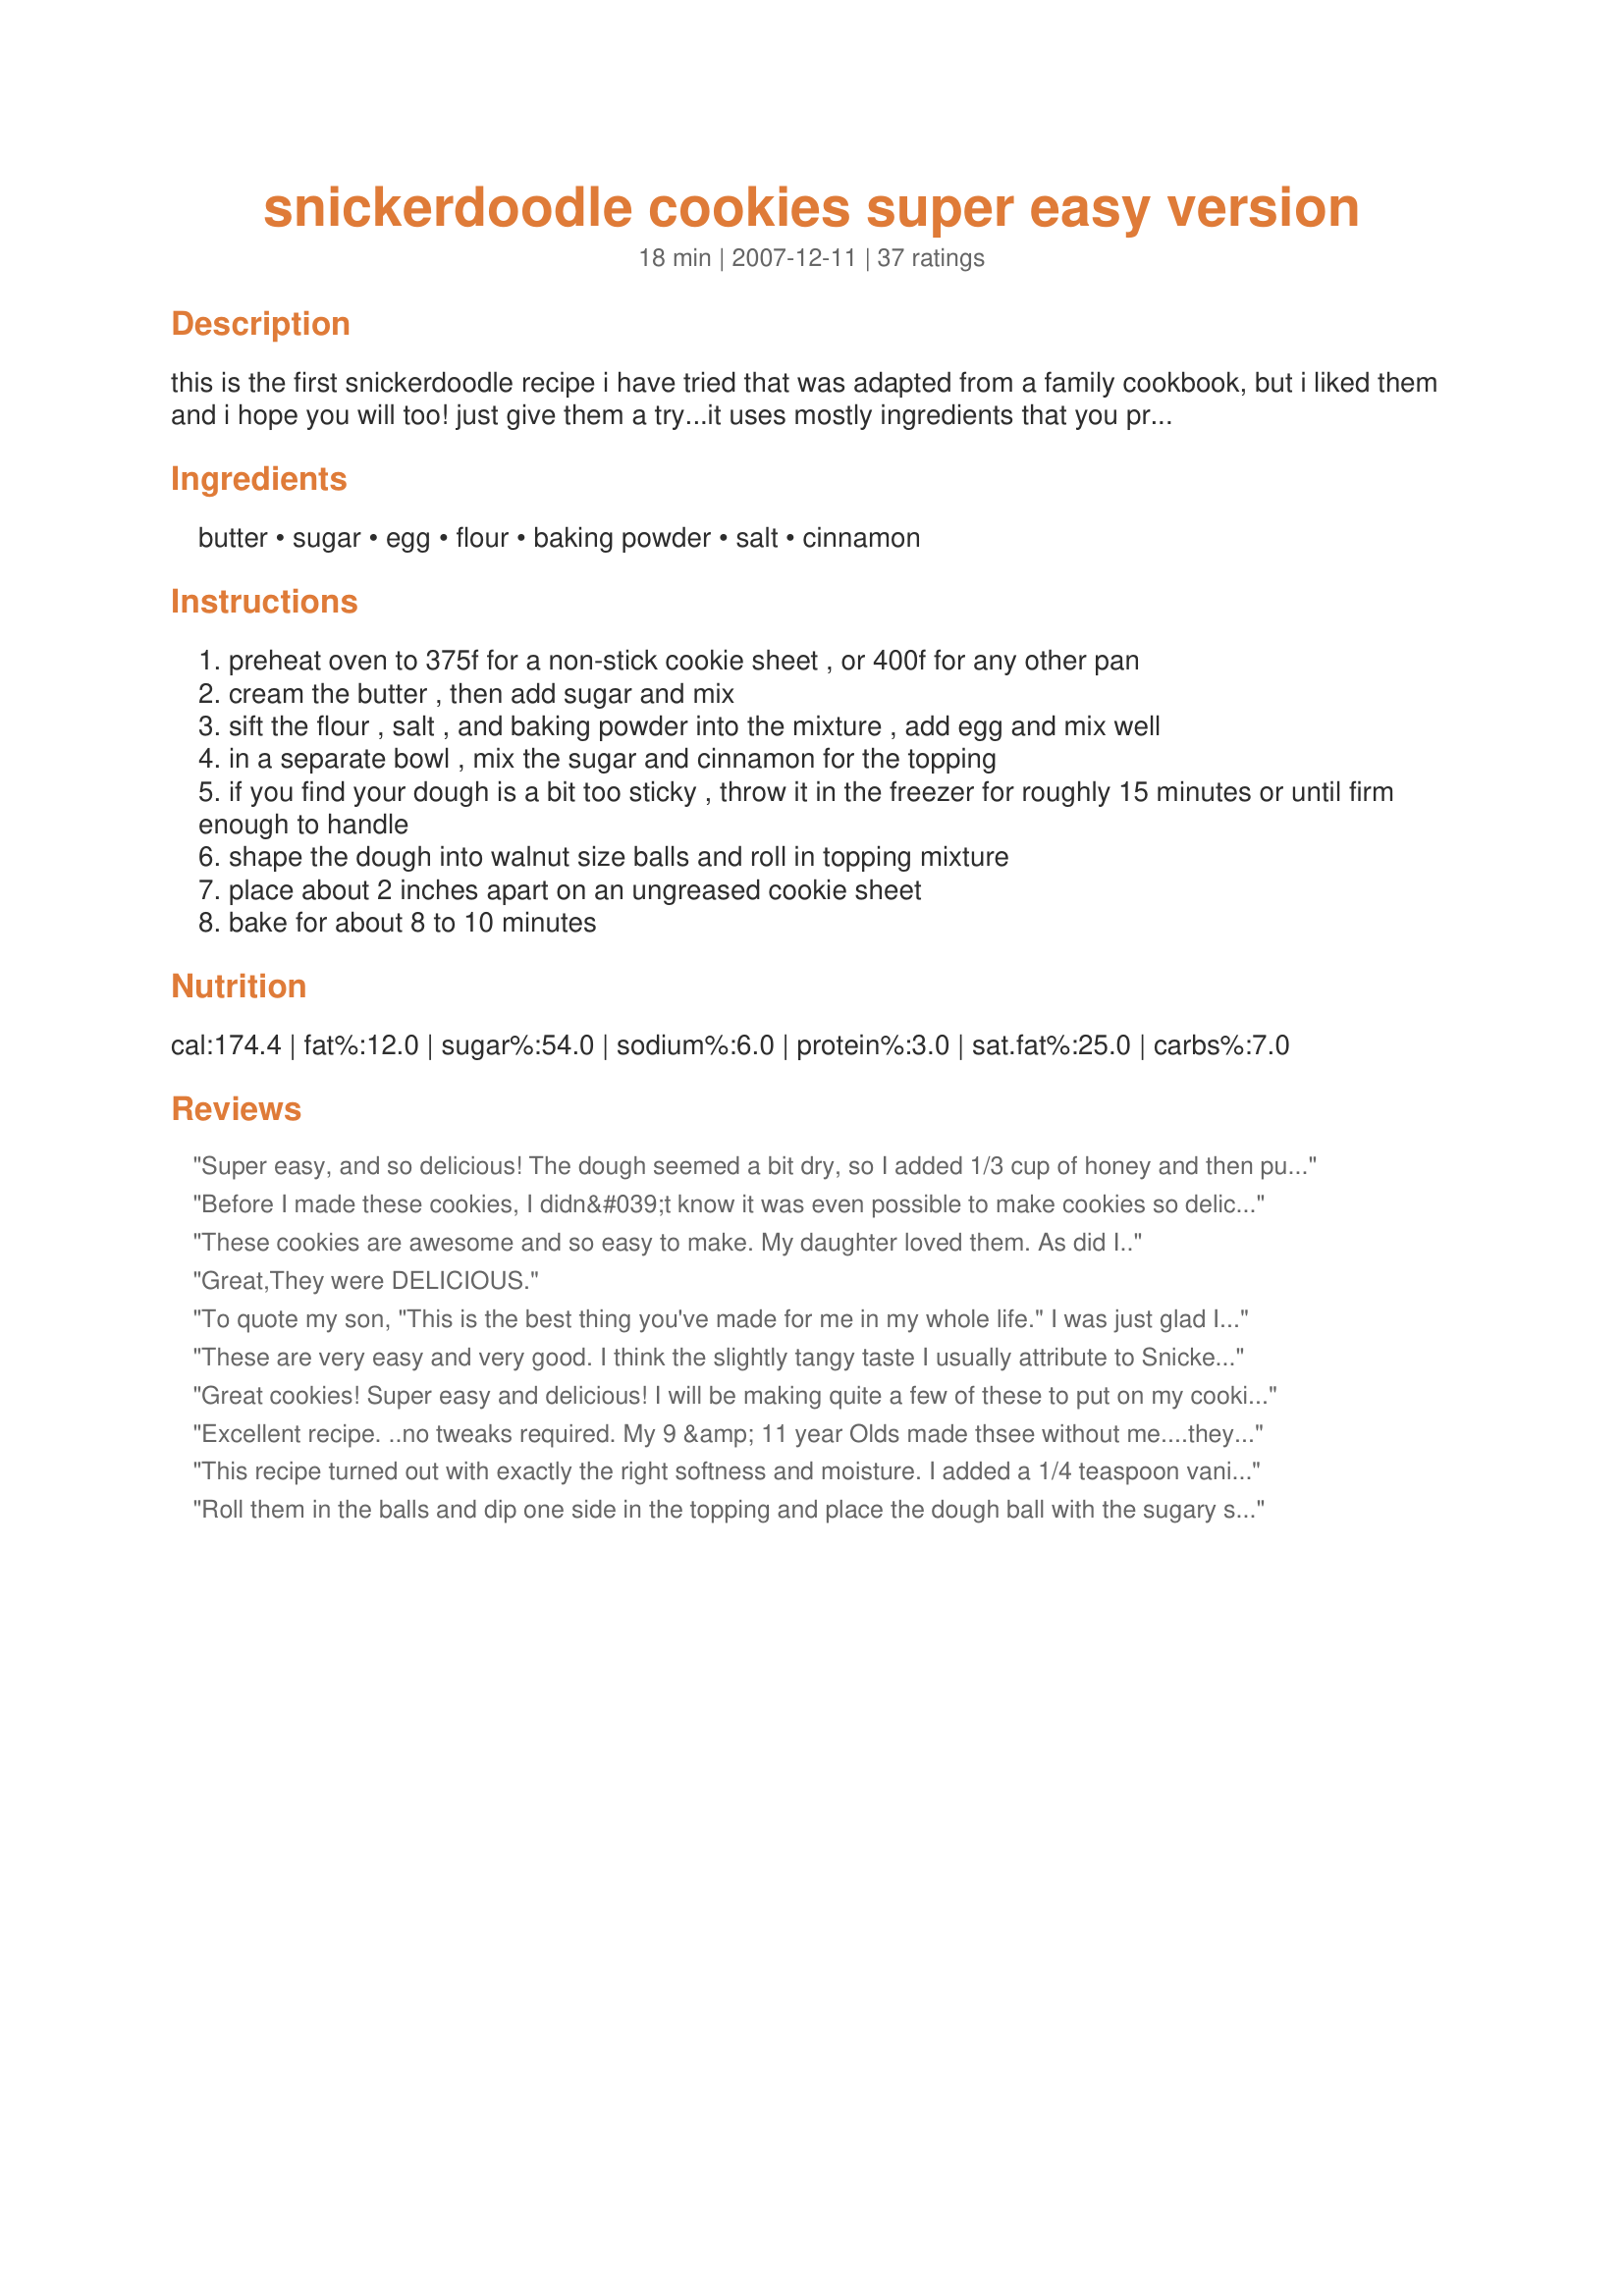
snickerdoodle cookies super easy version
Preparation time: 18 minutes

this is the first snickerdoodle recipe i have tried that was adapted from a family cookbook, but i liked them and i hope you will too!
just give them a try...it uses mostly ingredients that you probably already have and can be easily modified to your taste, so use your imagination! enjoy!

Ingredients:
butter, sugar, egg, flour, baking powder, salt, cinnamon

Steps:
preheat oven to 375f for a non-stick cookie sheet , or 400f for any other pan
cream the butter , then add sugar and mix
sift the flour , salt , and baking powder into the mixture , add egg and mix well
in a separate bowl , mix the sugar and cinnamon for the topping
if you find your dough is a bit too sticky , throw it in the freezer for roughly 15 minutes or until firm enough to handle
shape the dough into walnut size balls and roll in topping mixture
place about 2 inches apart on an ungreased cookie sheet
bake for about 8 to 10 minutes

Reviews:
Super easy, and so delicious! The dough seemed a bit dry, so I added 1/3 cup of honey and then put the dough in the freezer for 10 minutes to make it easier to work with... They came out fantastic after about 12 minutes! And I burn water so.... Yeah, this is a keeper!!!
Before I made these cookies, I didn&#039;t know it was even possible to make cookies so delicious with only a few basic ingredients. I then started to make the cookies, 15 minutes later I pulled them out of the oven! My 10 year old brother came up to me and asked me what smelled so good. I told him to try a cookie. We both loved them so much! We eventually lost count of how many cookies we ate...I made a batch of 20 and they were completely gone in 10 minutes :) lol! &lt;br/&gt;I encourage you to try this recipe, it is amazing!
These cookies are awesome and so easy to make. My daughter loved them. As did I..
Great,They were DELICIOUS.
To quote my son, "This is the best thing you've made for me in my whole life." I was just glad I found something I could make with things I already had in the pantry. Thank you.
These are very easy and very good. I think the slightly tangy taste I usually attribute to Snickerdoodles must be cream of tar tar which is missing in these cookies. I put the eggs in after creaming the butter and sugar (just because that's how the order usually goes). I also felt like the mixture of cinnamon/sugar was a little cinnamon heavy, so adjusted it halfway through when we ran out. Next time I will use about 5 tablespoons sugar and 1 tablespoon cinnamon.
Great cookies! Super easy and delicious! I will be making quite a few of these to put on my cookie trays this Christmas!
Excellent recipe. ..no tweaks required. My 9 &amp; 11 year Olds made thsee without me....they are excellent
This recipe turned out with exactly the right softness and moisture. I added a 1/4 teaspoon vanilla to the batter and used a tablespoon more sugar in the cinnamon/sugar mix.
Roll them in the balls and dip one side in the topping and place the dough ball with the sugary side up. They look amazing &lt;3 Worked perfectly
Chewy and quick to make. Dough is a bit sticky, but came out great.
Easy &amp; delicious. I made a double batch.
thank you! These were so easy to make. I am vegan and love simple recipes i can alter (dairy free margarine and egg replacement) for a yummy treat! My family loves them.
Yummm, these are really good and 5 stars because in addition to being delicious, they are very fast and easy to make, with very few ingredients!
Absolutly love this recipe, but from a bakers mouth to your eyes do not mix batters w/your hands;it takes out some of the moisture out of it and wind up w/dry crumbly (not in a good way) happy baking :0))
Sorry to say, but, these were tasteless, the dough was so sticky even coming out the freezer that i had to drop them by spoon. The first batch of dough i had to throw out. I won't making these again. Sorry.
Love this recipe! Made it with smashed banana instead of an egg and it was so delicious! Like fried cinnamon bananas!
So easy and delicious! The perfect last minute
these came out of the oven and i couldn&#039;t even pick them up because they just crumbled. in addition they were way too sweet for my taste. i&#039;ll have to keep looking for a good snickerdoodle recipe. these were good in theory and easy to make but what&#039;s the point if i cant even pick up the cookie to eat it?
My best advice: make a double batch! I also added 1/2 t vanilla as some reviewers suggested. Yum!
Really delicious and easy! They didn&#039;t bake up as fluffy as other snickerdoodles I&#039;ve had, but they still sure are good!
We loved these. The dough is very sticky so I chilled it in the fridge for 15 min and chilled the cookie sheet too. This made them easier to roll into balls and they kept their shape nicely. I added the vanilla too like the reviews said. Good snickerdoodles and just the right amount.
Very easy and good- &lt;br/&gt;For some reason I didn&#039;t have cinnamon in my cabinet... so I decided to add a splash of vanilla to the batter for some additional flavor- and they still turned out tasty (I just ate five of them)&lt;br/&gt;I ended up with just under 20 cookies
Wonderful use of 1 stick of butter and 1 egg! I like my cookies crisp, so I baked for 11 minutes. Deeelicious! Dough rolled up easily, not sticky, made 22 cookies. This cookie recipe is at the top of my list.
I was having the biggest hankering for snickerdoodles ever so I pulled out all the ingredients and then realized...I didn't have butter!! (tragic, I know.) But I read somewhere that you can sub coconut oil 1:1 in most baking recipes so I decided to try it. Let me tell you...BEST COOKIES EVER. Go try it!!
omg..these were fabulous!!! a definite keeper. All the other recipes I have used over complicate an easy delicious cookie. Brava!!! The only thing I did different is that my oven is supercharged, so I put mine @ 350 and cooked them for 10 - 12 minutes...otherwise...perfection.
These cookies suck! But... we were able to turn it into an entirely DIFFERENT cookie (look into my eyeball).
To quote my husband &quot;These cookies are so amazing, like they came from a professional bakery, you could make these and I would eat them every single day!&quot;. These cookies were super easy to make, I made over 3 dozen for our Christmas party coming up. Thanks for sharing!
The best softest easiest snicker doodles I&#039;ve ever made!!! Thanks so much for sharing the recipe. These are now a new family favorite!!!
I followed the recipe exactly, except for adding a little vanilla. The recipe doubles nicely. This will be a keeper for me.
OMG these cookies are so good and easy to make. i would cut down on the sugar though.
Delicious and easy to make with a dairy free butter substitute.
Super easy and fast!! Great recipe!!
So easy and perfect! Made exactly as directed, I got 25 cookies, and everyone loves them in my family
I needed something simple that I could throw together quickly because we had our Christmas party at work in the middle of the week and I am generally not up for a lot of effort when it comes to cooking then. I was surprised how good they really were. Of all the cookies and cakes made for the party, mine were the only where there was no leftovers so obviously the colleagues loved them, I had several ask for the recipe. Thanks for sharing.
My DD-9 helped to make these. We all enjoyed and she was thrilled to make the cookies for Santa.
Yummy, a big hit for my whole family. My son wants to make it a "secret family recipe"!
